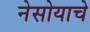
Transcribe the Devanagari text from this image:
नेसोयाचे